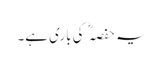
یہ حفصہ کی باری ہے۔